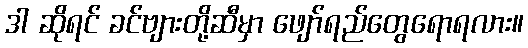
ဒါ ဆိုရင် ခင်ဗျားတို့ဆီမှာ ဖျော်ရည်တွေရောရလား။